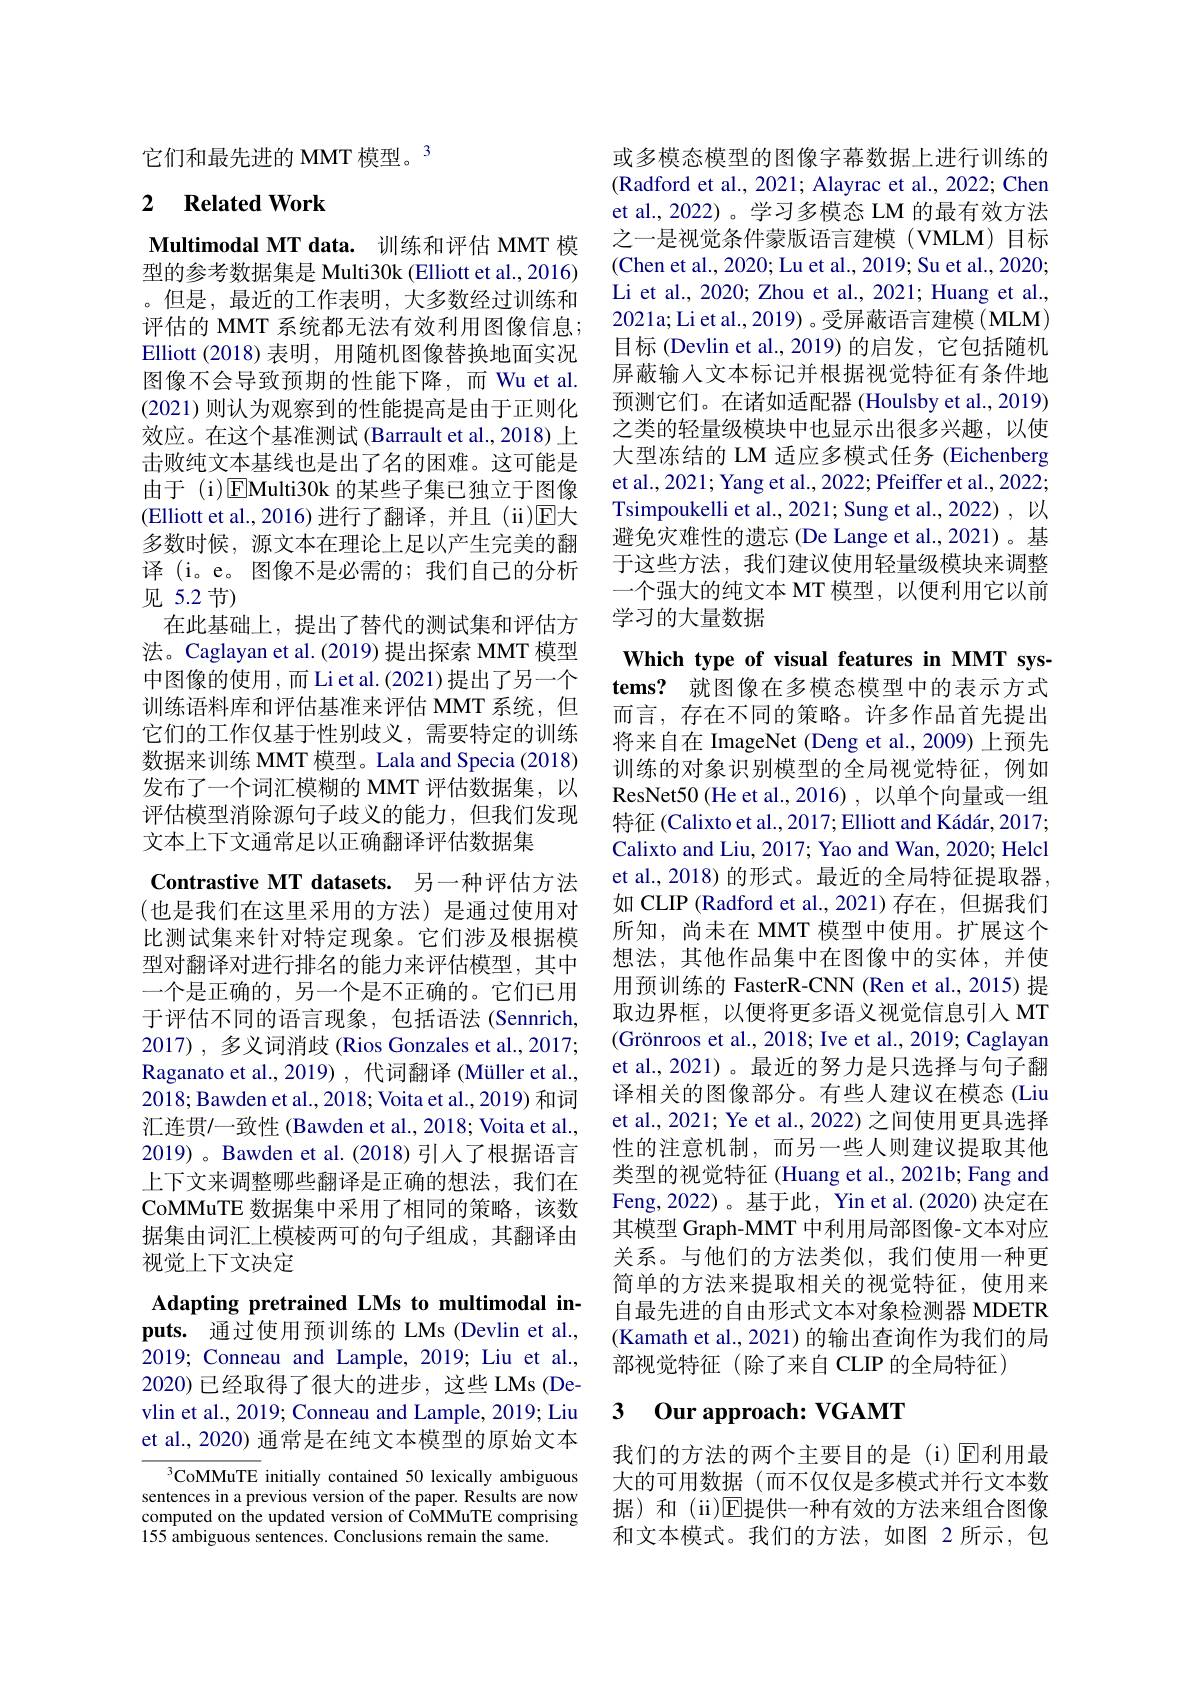
它们和最先进的 MMT 模型。3

## 2 $\textbf{Related Work}$

Multimodal MT data. 训练和评估 MMT 模型的参考数据集是 Multi30k (Elliott et al., 2016) 。但是，最近的工作表明，大多数经过训练和评估的 MMT 系统都无法有效利用图像信息； Elliott (2018)表明，用随机图像替换地面实况图像不会导致预期的性能下降，而 Wu et al. $(2021)则认为观察到的性能提高是由于正则化$ 效应。在这个基准测试(Barrault et al.,2018)上击败纯文本基线也是出了名的困难。这可能是由于 (i)$\boxed{\mathrm{E}}$Multi30k 的某些子集已独立于图像(Elliott et al.,2016)进行了翻译，并且(ii)☑大多数时候，源文本在理论上足以产生完美的翻译 (i。e。图像不是必需的；我们自己的分析见 5.2节)
在此基础上，提出了替代的测试集和评估方法。Caglayan et al.(2019) 提出探索 MMT 模型中图像的使用，而Liet al.(2021)提出了另一个训练语料库和评估基准来评估 MMT 系统，但它们的工作仅基于性别歧义，需要特定的训练数据来训练 MMT 模型。Lala and Specia (2018) 发布了一个词汇模糊的 MMT 评估数据集，以评估模型消除源句子歧义的能力，但我们发现文本上下文通常足以正确翻译评估数据集
Contrastive MT datasets. 另一种评估方法(也是我们在这里采用的方法)是通过使用对比测试集来针对特定现象。它们涉及根据模型对翻译对进行排名的能力来评估模型，其中一个是正确的，另一个是不正确的。它们已用于评估不同的语言现象，包括语法(Sennrich, 2017) , 多义词消歧 (Rios Gonzales et al., 2017; Raganato et al., 2019) , 代词翻译 (Müller et al., 2018; Bawden et al., 2018; Voita et al., 2019) 和词汇连贯$\prime$一致性 (Bawden et al., 2018; Voita et al., 2019)。Bawden et al.(2018)引人了根据语言上下文来调整哪些翻译是正确的想法，我们在CoMMuTE 数据集中采用了相同的策略，该数据集由词汇上模棱两可的句子组成，其翻译由视觉上下文决定
Adapting pretrained LMs to multimodal inputs. 通过使用预训练的 LMs (Devlin et al.,

2019; Conneau and Lample, 2019; Liu et al., 2020)已经取得了很大的进步，这些 LMs (Devlin et al., 2019; Conneau and Lample, 2019; Liu et al., 2020) 通常是在纯文本模型的原始文本

$^{3}$CoMMuTE initially contained 50 lexically ambiguous sentences in a previous version of the paper. Results are now computed on the updated version of CoMMuTE comprising 155 ambiguous sentences. Conclusions remain the same.

或多模态模型的图像字幕数据上进行训练的(Radford et al., 2021; Alayrac et al., 2022; Chen et al., 2022)。学习多模态 LM 的最有效方法之一是视觉条件蒙版语言建模(VMLM)目标(Chen et al., 2020; Lu et al., 2019; Su et al., 2020; Li et al., 2020; Zhou et al., 2021; Huang et al., 2021a; Li et al., 2019) 。受屏蔽语言建模 ( MLM) 目标 (Devlin et al.,2019) 的启发，它包括随机屏蔽输入文本标记并根据视觉特征有条件地预测它们。在诸如适配器 (Houlsby et al., 2019) 之类的轻量级模块中也显示出很多兴趣，以使大型冻结的 LM 适应多模式任务 (Eichenberg et al., 2021; Yang et al., 2022; Pfeiffer et al., 2022; Tsimpoukelli et al., 2021; Sung et al., 2022) , 以避免灾难性的遗忘(De Lange et al.,2021)。基于这些方法，我们建议使用轻量级模块来调整一个强大的纯文本 MT 模型，以便利用它以前学习的大量数据

Which type of visual features in MMT systems? 就图像在多模态模型中的表示方式而言，存在不同的策略。许多作品首先提出将来自在 ImageNet (Deng et al., 2009) 上预先训练的对象识别模型的全局视觉特征，例如ResNet50 (He et al.,2016) , 以单个向量或一组特征 (Calixto et al., 2017; Elliott and Kádár, 2017; Calixto and Liu, 2017; Yao and Wan, 2020; Helcl et al., 2018) 的形式。最近的全局特征提取器， 如 CLIP (Radford et al.,2021)存在，但据我们所知，尚未在 MMT 模型中使用。扩展这个想法，其他作品集中在图像中的实体，并使用预训练的 FasterR-CNN (Ren et al., 2015) 提取边界框，以便将更多语义视觉信息引入 MT $( \text{Gr\"{o} nroos et al. , 2018; Ive et al. , 2019; Caglayan}$ et al., 2021)。最近的努力是只选择与句子翻译相关的图像部分。有些人建议在模态 (Liu et al., 2021; Ye et al., 2022) 之间使用更具选择性的注意机制，而另一些人则建议提取其他类型的视觉特征 (Huang et al., 2021b; Fang and Feng,2022)。基于此，Yin et al.(2020) 决定在其模型 Graph-MMT 中利用局部图像-文本对应关系。与他们的方法类似，我们使用一种更简单的方法来提取相关的视觉特征，使用来自最先进的自由形式文本对象检测器 MDETR (Kamath et al., 2021) 的输出查询作为我们的局部视觉特征(除了来自 CLIP 的全局特征)

### 3 0ur approach: VGAMT

我们的方法的两个主要目的是(i)$\operatorname{E}$利用最大的可用数据(而不仅仅是多模式并行文本数据)和 (ii)$\mathbb{E}$提供一种有效的方法来组合图像和文本模式。我们的方法，如图 2 所示，包